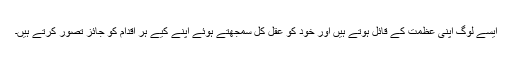
ایسے لوگ اپنی عظمت کے قائل ہوتے ہیں اور خود کو عقلِ کُل سمجھتے ہوئے اپنے کیے ہر اقدام کو جائز تصور کرتے ہیں۔